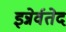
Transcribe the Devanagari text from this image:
इन्नेर्वतेद